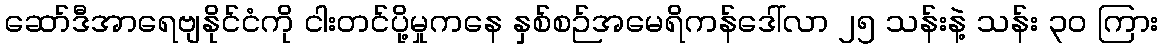
ဆော်ဒီအာရေဗျနိုင်ငံကို ငါးတင်ပို့မှုကနေ နှစ်စဉ်အမေရိကန်ဒေါ်လာ ၂၅ သန်းနဲ့ သန်း ၃ဝ ကြား